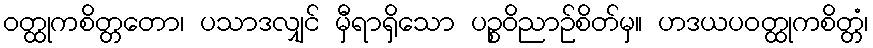
ဝတ္ထုကစိတ္တတော၊ ပသာဒလျှင် မှီရာရှိသော ပဉ္စဝိညာဉ်စိတ်မှ။ ဟဒယပဝတ္ထုကစိတ္တံ၊